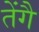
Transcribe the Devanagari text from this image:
तेंगै